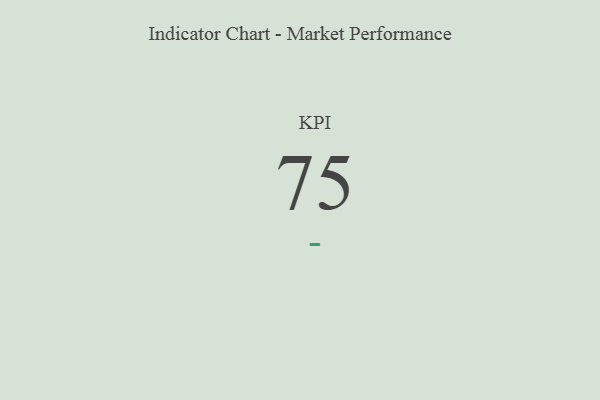
{"axis": {"x": "KPI", "y": "Value"}, "legend": [""], "data": [{"x": "KPI", "y": 75, "type": ""}]}